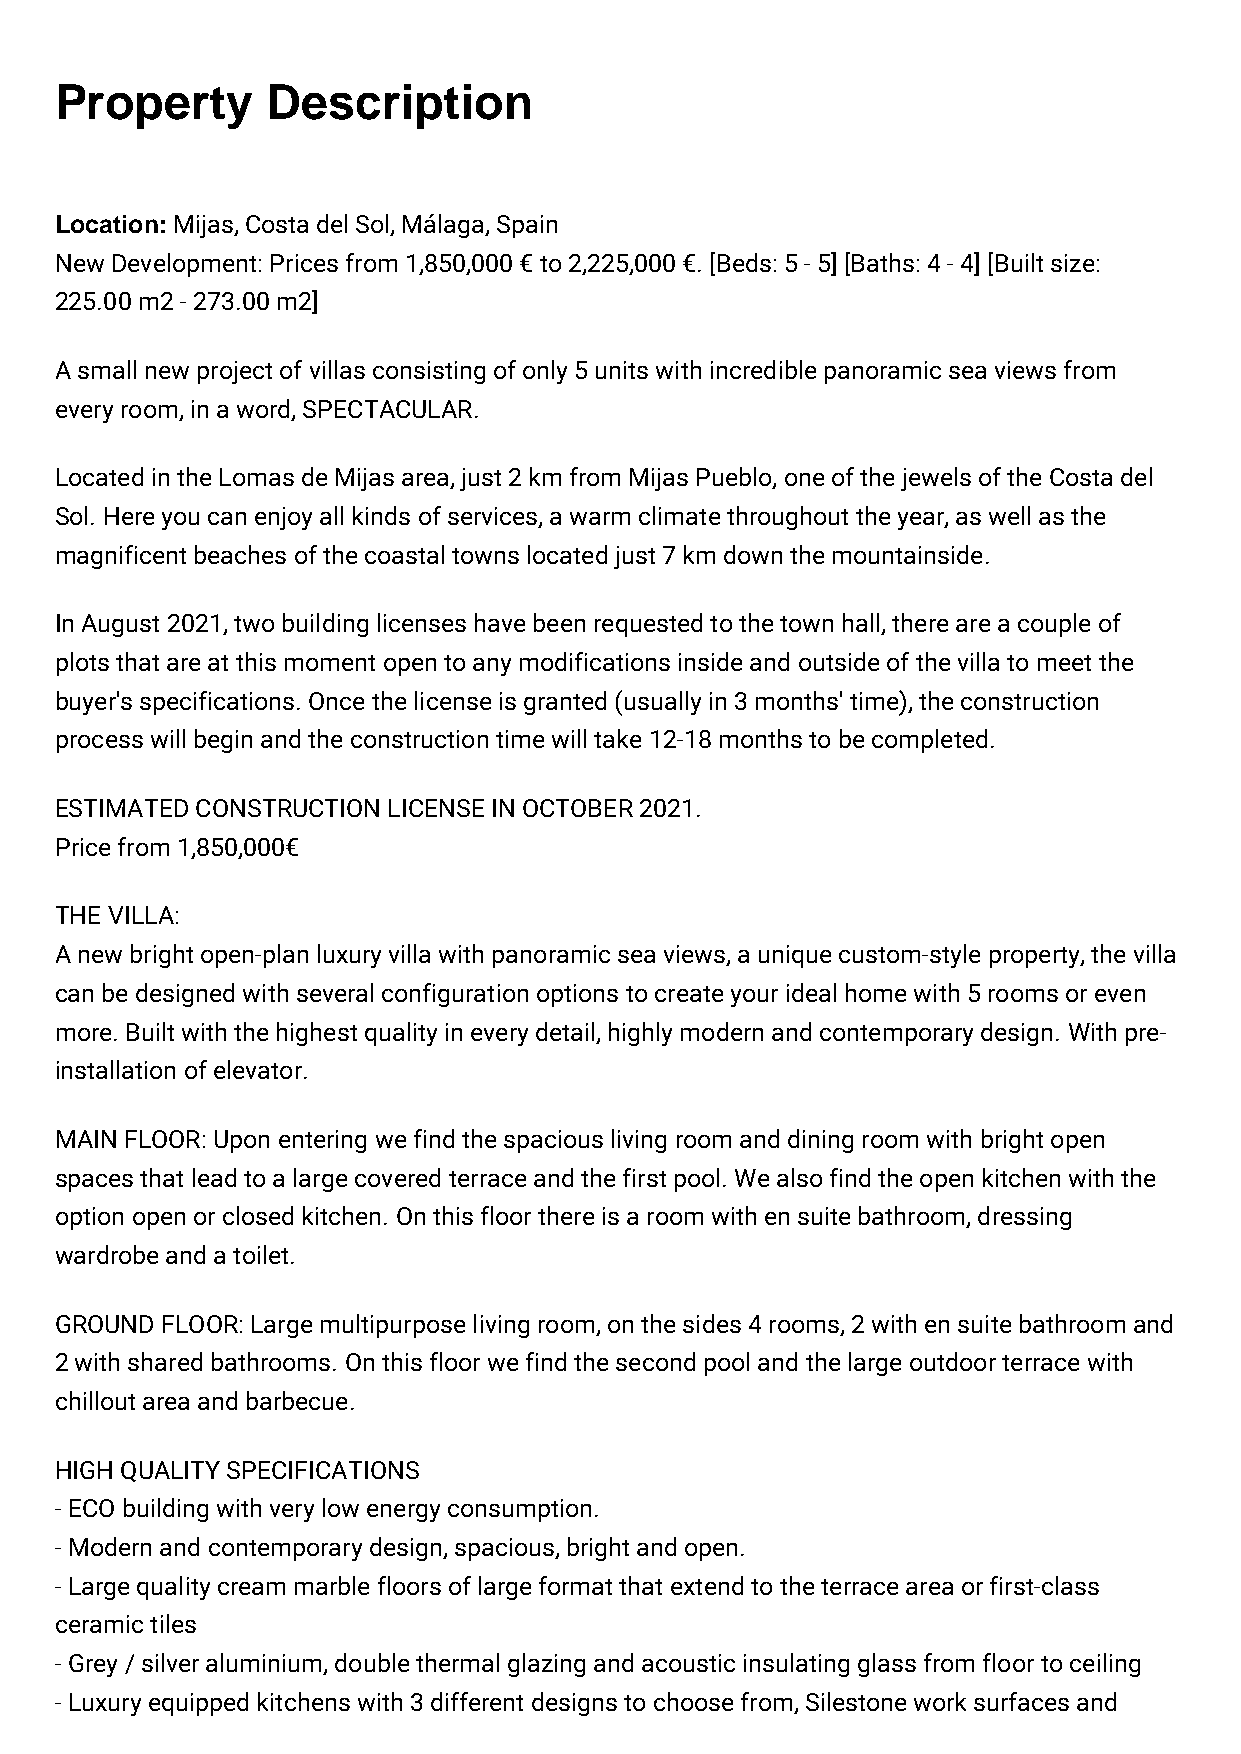
Property      Description
 Location: Mijas, Costa del Sol, Málaga, Spain
 New Development: Prices from 1,850,000 € to 2,225,000 €. [Beds: 5 - 5] [Baths: 4 - 4] [Built size:
 225.00 m2 - 273.00 m2]
 A small new project of villas consisting of only 5 units with incredible panoramic sea views from
 every room, in a word, SPECTACULAR.
 Located in the Lomas de Mijas area, just 2 km from Mijas Pueblo, one of the jewels of the Costa del
 Sol. Here you can enjoy all kinds of services, a warm climate throughout the year, as well as the
 magnificent beaches of the coastal towns located just 7 km down the mountainside.
 In August 2021, two building licenses have been requested to the town hall, there are a couple of
 plots that are at this moment open to any modifications inside and outside of the villa to meet the
 buyer's specifications. Once the license is granted (usually in 3 months' time), the construction
 process will begin and the construction time will take 12-18 months to be completed.
 ESTIMATED CONSTRUCTION LICENSE IN OCTOBER 2021.
 Price from 1,850,000€
 THE VILLA:
 A new bright open-plan luxury villa with panoramic sea views, a unique custom-style property, the villa
 can be designed with several configuration options to create your ideal home with 5 rooms or even
 more. Built with the highest quality in every detail, highly modern and contemporary design. With pre-
 installation of elevator.
 MAIN FLOOR: Upon entering we find the spacious living room and dining room with bright open
 spaces that lead to a large covered terrace and the first pool. We also find the open kitchen with the
 option open or closed kitchen. On this floor there is a room with en suite bathroom, dressing
 wardrobe and a toilet.
 GROUND FLOOR: Large multipurpose living room, on the sides 4 rooms, 2 with en suite bathroom and
 2 with shared bathrooms. On this floor we find the second pool and the large outdoor terrace with
 chillout area and barbecue.
 HIGH QUALITY SPECIFICATIONS
 - ECO building with very low energy consumption.
 - Modern and contemporary design, spacious, bright and open.
 - Large quality cream marble floors of large format that extend to the terrace area or first-class
 ceramic tiles
 - Grey / silver aluminium, double thermal glazing and acoustic insulating glass from floor to ceiling
 - Luxury equipped kitchens with 3 different designs to choose from, Silestone work surfaces and